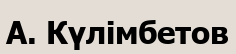
А. Күлімбетов